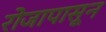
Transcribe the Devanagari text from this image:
रोजापासून